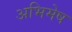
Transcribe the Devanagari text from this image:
अभिमेष